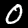
Digit: 0